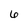
Character: 6